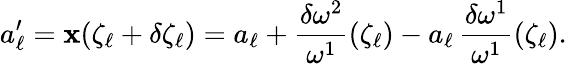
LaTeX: a_{\ell}^{\prime}=\mathbf{x}(\zeta_{\ell}+\delta\zeta_{\ell})=a_{\ell}+\frac{{\delta\omega^{2}}}{{\omega^{1}}}(\zeta_{\ell})-a_{\ell}\, \frac{{\delta\omega^{1}}}{{\omega^{1}}}(\zeta_{\ell}).